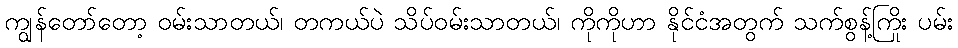
ကျွန်တော်တော့ ဝမ်းသာတယ်၊ တကယ်ပဲ သိပ်ဝမ်းသာတယ်၊ ကိုကိုဟာ နိုင်ငံအတွက် သက်စွန့်ကြိုး ပမ်း